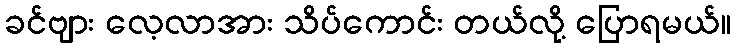
ခင်ဗျား လေ့လာအား သိပ်ကောင်း တယ်လို့ ပြောရမယ်။